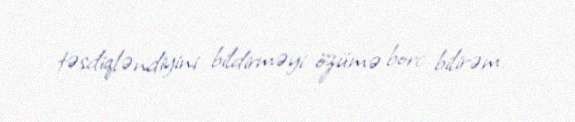
təsdiqləndiyini bildirməyi özümə borc bilirəm.